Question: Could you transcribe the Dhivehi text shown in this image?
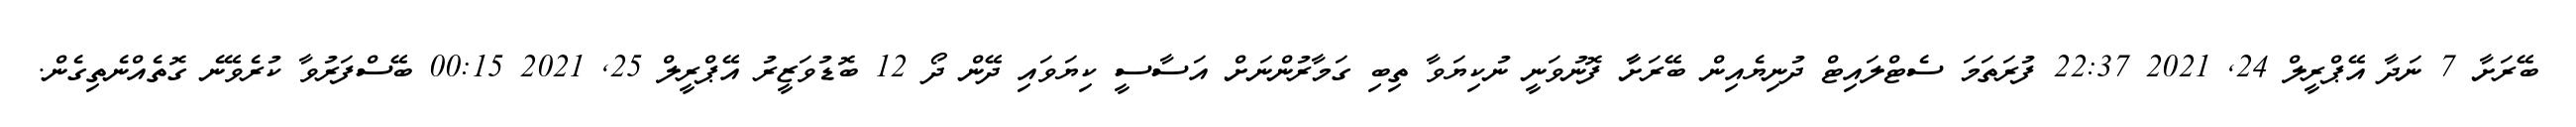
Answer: ބޭރަށާ 7 ނަދާ އޭޕްރީލް 24, 2021 22:37 ފުރަތަމަ ސެޓްލައިޓް ދުނިޔެއިން ބޭރަށާާ ފޮނުވަނީ ނުކިޔަވާ ތިބި ގަމާރުންނަށް އަސާސީ ކިޔަވައި ދޭން ދޯ 12 ބޮޑުވަޒީރު އޭޕްރީލް 25, 2021 00:15 ބޭސްފަރުވާ ކުރެވޭނެ ގޮތެއްނެތިގެން.